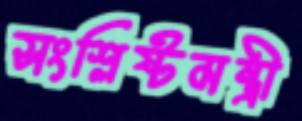
সংশ্লিষ্টমন্ত্রী